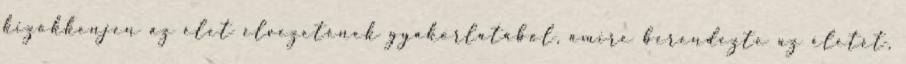
kizökkenjen az élet élvezetének gyakorlatából, amire berendezte az életét,